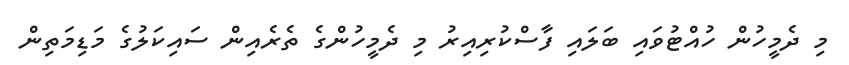
މި ދެމީހުން ހުއްޓުވައި ބަލައި ފާސްކުރިއިރު މި ދެމީހުންގެ ތެރެއިން ސައިކަލުގެ މަޑިމަތިން